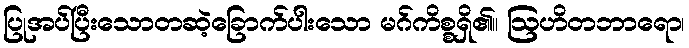
ပြုအပ်ပြီးသောတဆဲ့ခြောက်ပါးသော မဂ်ကိစ္စရှိ၏။ ဩဟိတဘာရော၊